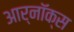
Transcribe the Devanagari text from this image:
आर्नॉक्स